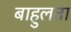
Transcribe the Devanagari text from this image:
बाहुलता